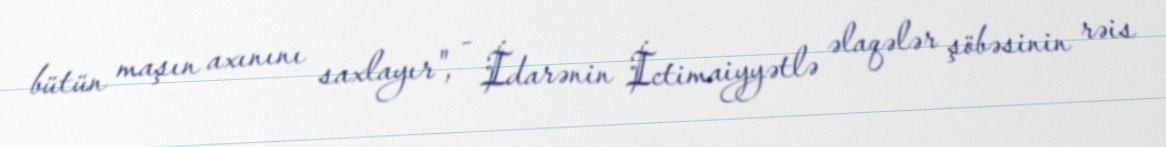
bütün maşın axınını saxlayır", - İdarənin İctimaiyyətlə əlaqələr şöbəsinin rəis